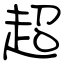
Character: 超